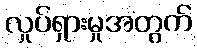
လှုပ်ရှားမှုအတွက်